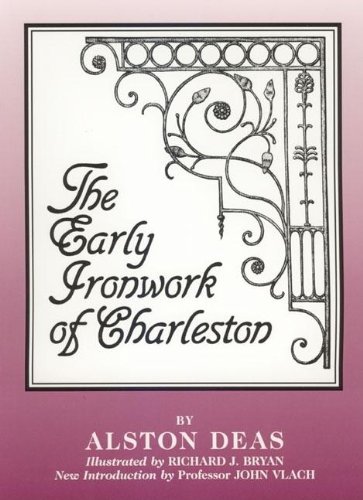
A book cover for The Early Ironwork of Charleston; Alston Deas; Arts & Photography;